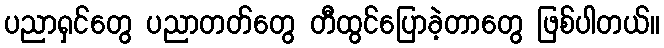
ပညာရှင်တွေ ပညာတတ်တွေ တီထွင်ပြောခဲ့တာတွေ ဖြစ်ပါတယ်။